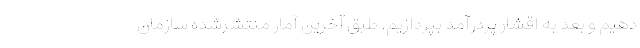
دهیم و بعد به اقشار پردرآمد بپردازیم. طبق آخرین آمار منتشرشده سازمان